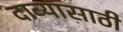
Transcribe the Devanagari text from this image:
दाव्यासाठी